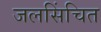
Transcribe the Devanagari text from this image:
जलसिंचित